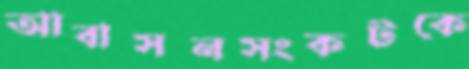
আবাসনসংকটকে